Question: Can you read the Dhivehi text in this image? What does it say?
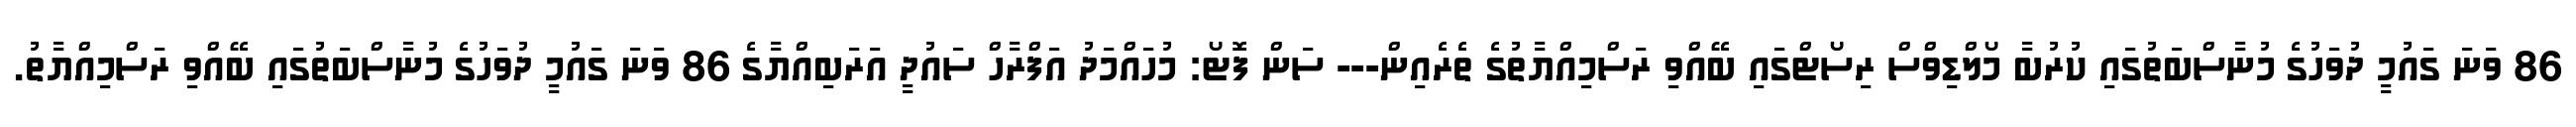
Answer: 86 ވަނަ ގައުމީ ދުވަހުގެ މުނާސްބަތުގައި ކުރުބާ މޯލްޑިވްސް ރިސޯޓްގައި ބޭއްވި ރަސްމިއްޔާތުގެ ތެރެއިން--- ސަން ފޮޓޯ: މުހައްމަދު އަފްރާހް ސައުދީ އަރަބިއްޔާގެ 86 ވަނަ ގައުމީ ދުވަހުގެ މުނާސްބަތުގައި ބޭއްވި ރަސްމިއްޔާތު.